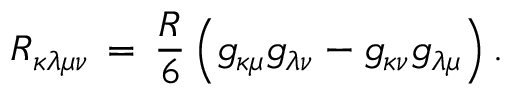
R _ { \kappa \lambda \mu \nu } \, = \, \frac { R } { 6 } \left( g _ { \kappa \mu } g _ { \lambda \nu } - g _ { \kappa \nu } g _ { \lambda \mu } \right) .